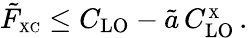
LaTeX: \tilde{F}_{\scriptscriptstyle\mathrm{XC}}\leq C_{\mathrm{LO}}-\tilde{a}\, C_{\mathrm{LO}}^{_{\scriptscriptstyle\mathrm{X}}}\, .